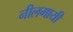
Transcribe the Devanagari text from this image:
नीलगायी